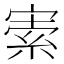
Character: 𡩡